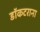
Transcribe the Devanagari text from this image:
डॉकटराना